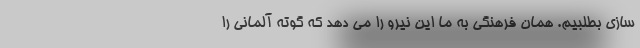
سازی بطلبیم. همان فرهنگی به ما این نیرو را می دهد که گوته آلمانی را